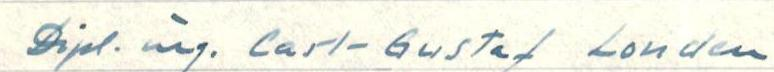
Drjel.ärg. Carl-Gustaf Londen